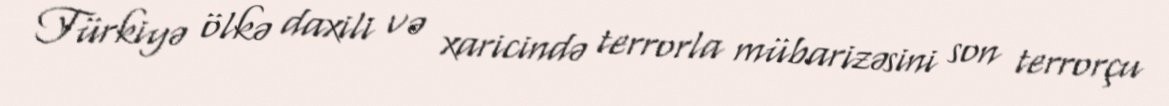
Türkiyə ölkə daxili və xaricində terrorla mübarizəsini son terrorçu